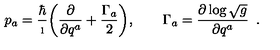
p _ { a } = { \frac { \hbar } { \i } } \bigg ( { \frac { \partial } { \partial q ^ { a } } } + { \frac { \Gamma _ { a } } { 2 } } \bigg ) , \qquad \Gamma _ { a } = { \frac { \partial \log \sqrt { g } } { \partial q ^ { a } } } \enspace .